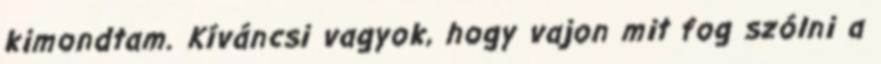
kimondtam. Kíváncsi vagyok, hogy vajon mit fog szólni a